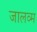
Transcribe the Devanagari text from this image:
जालव्म